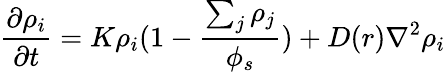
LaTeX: \frac{\partial\rho_{i}}{\partial t}=K\rho_{i}(1-\frac{\sum_{j}\rho_{j}}{\phi_{s}})+D(r)\nabla^{2}\rho_{i}